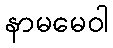
နာမမေဝါ